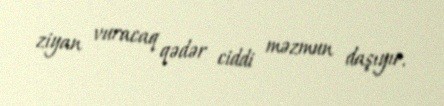
ziyan vuracaq qədər ciddi məzmun daşıyır.